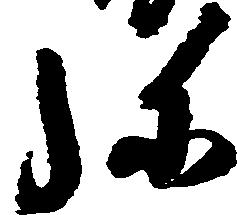
弥